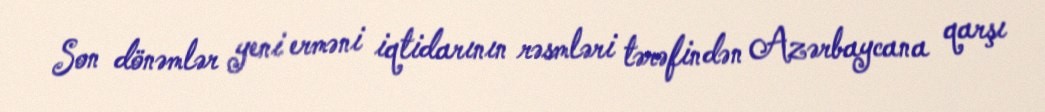
Son dönəmlər yeni erməni iqtidarının rəsmləri tərəfindən Azərbaycana qarşı